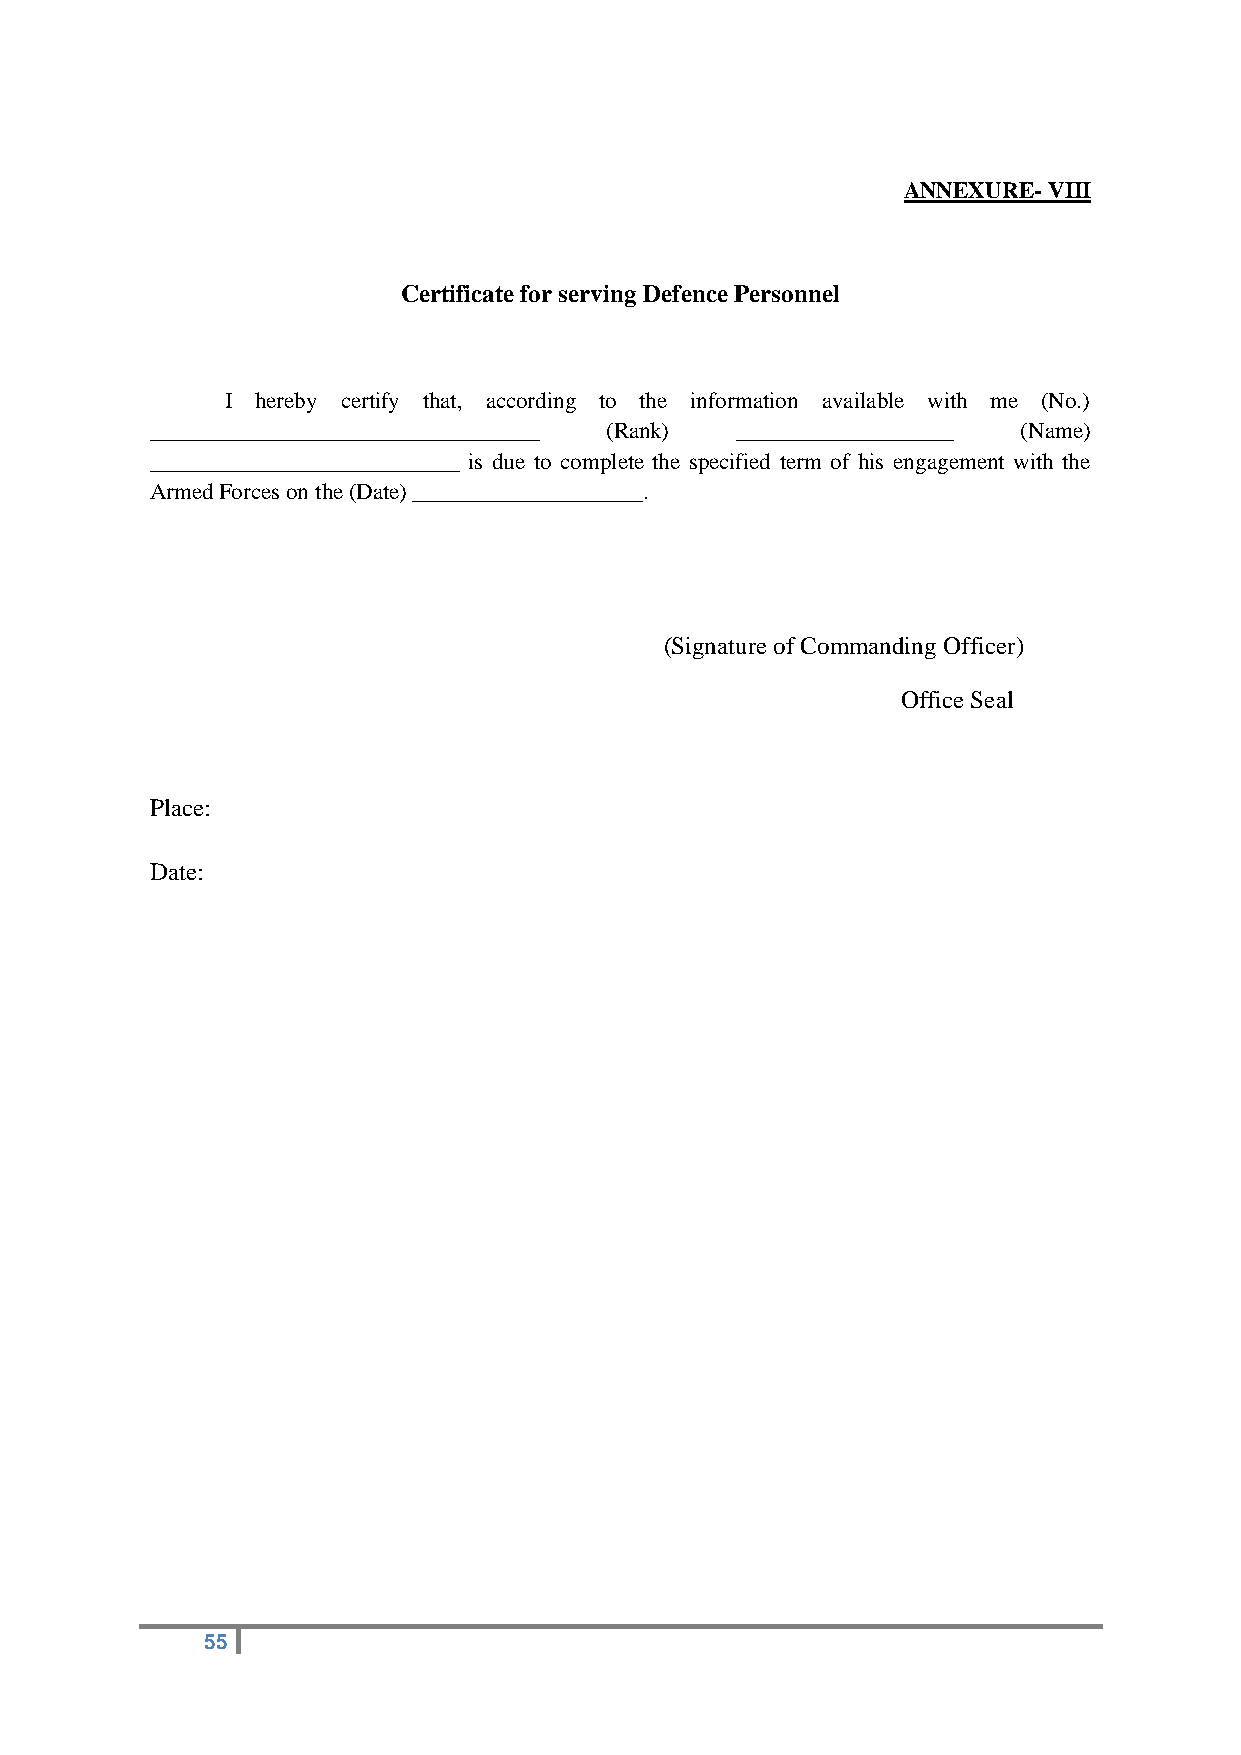
ANNEXURE- VIII
 Certificate for serving Defence Personnel
 I hereby certify that, according to the information available with me (No.)
 __________________________________ (Rank) ___________________ (Name)
 ___________________________ is due to complete the specified term of his engagement with the
 Armed Forces on the (Date) ____________________.
 (Signature of Commanding Officer)
 Office Seal
 Place:
 Date:
 55